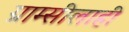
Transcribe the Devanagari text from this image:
ग्राम्सीलाही